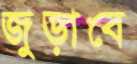
জুড়াবে